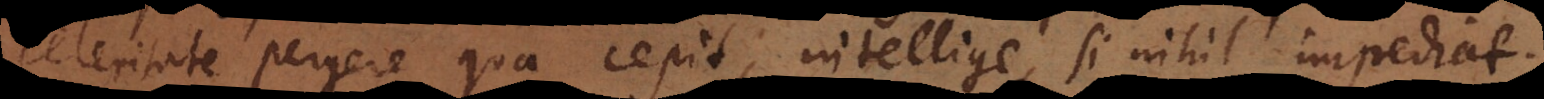
celeritate pergere qua cepit; intellige, si nihil impediat.